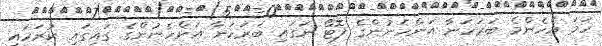
ހަމަ އެހެންމެ ބަރަހަނާ އަންހެނުންގެ ފޮޓޯ ނަގައި ބަރަހަނާ އަންހެނުންގެ ގައިގައި ކުރަހައި